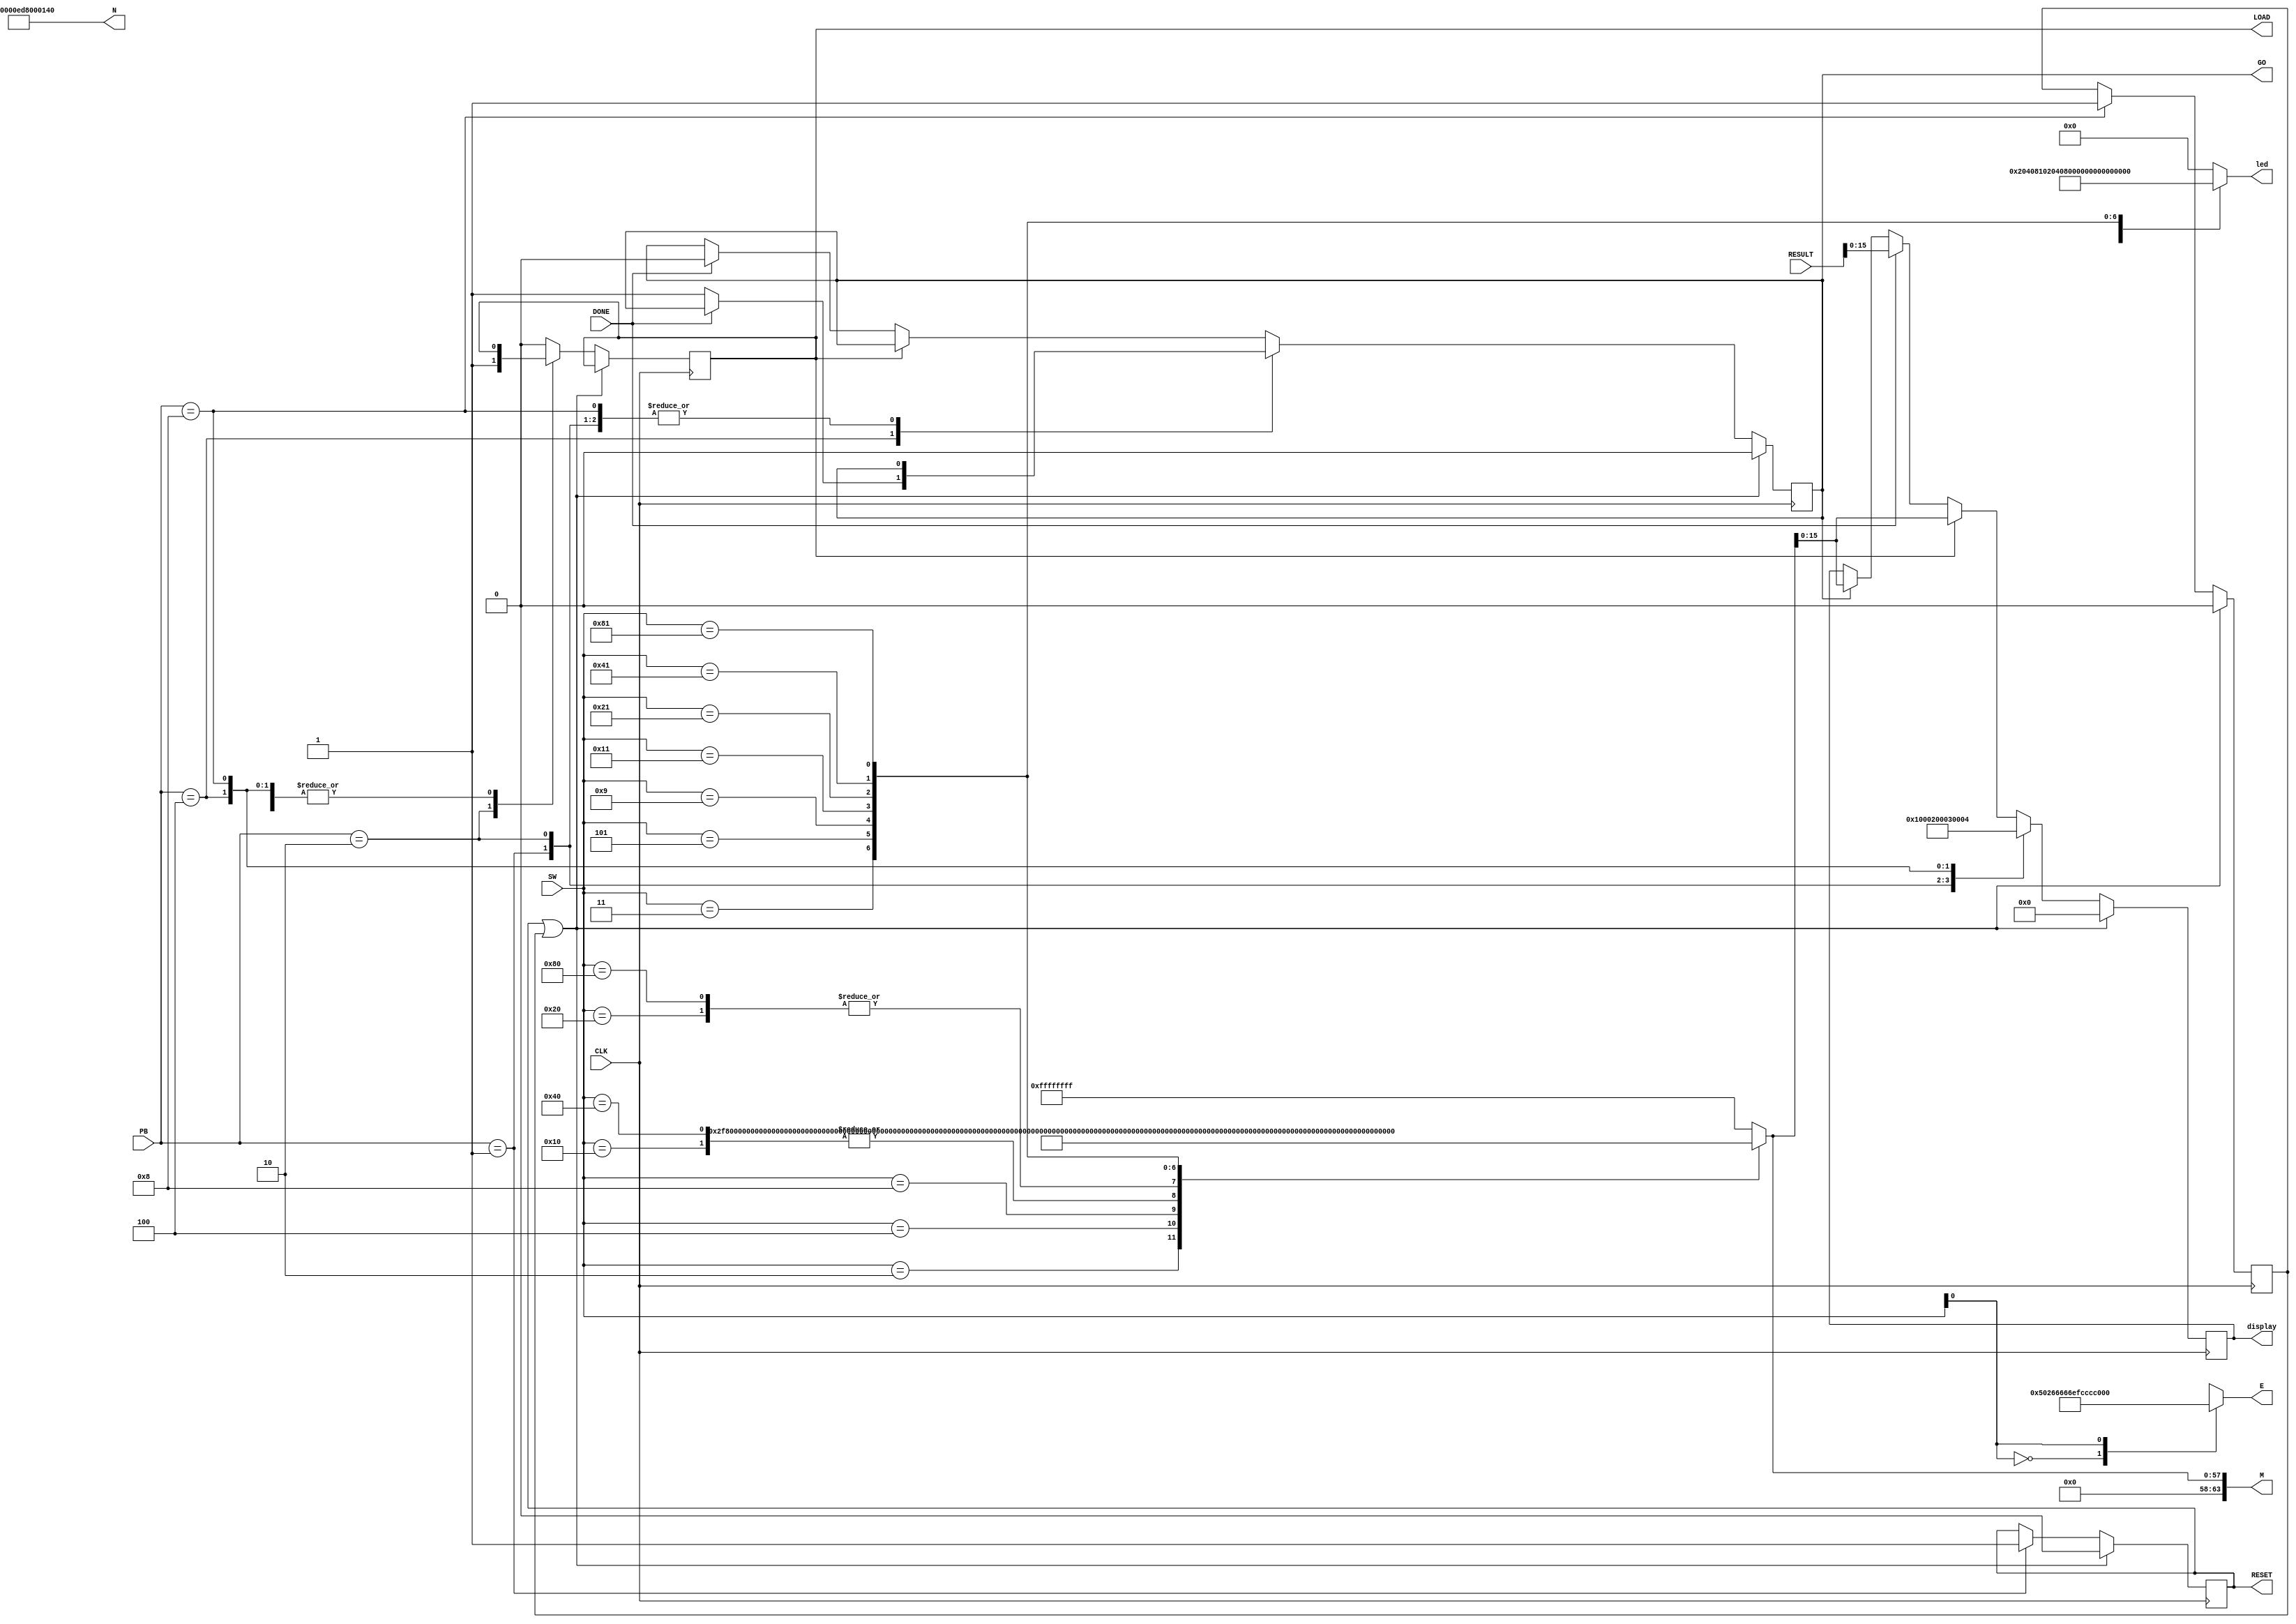
//STIMULOUS.v - state machine that interfaces the hw in project 3
//
//
///////////////////////////////////////////////////////////////////////////

`define BITS 64

module STIMULOUS(
	input 				CLK,		// clock
	input [4:0]			PB,		// push buttons
	input [7:0]			SW,		// swithches
	
	output  reg			GO,		// generated GO signal
	output  reg 			RESET,		// system reset generate
	output  reg			LOAD,		// memory control signal - load data
	output  reg [`BITS-1:0]	M,			// message
	output  reg [`BITS-1:0]	E,			// exponent
//	output  reg [`BITS-1:0]	N  = `BITS'd1189,	// 16 bit modulous
//	output  reg [`BITS-1:0]	N  = `BITS'd1073602561,	// 32 bit modulous 
	output  reg [`BITS-1:0]	N  = `BITS'd288230439905132863 ,	// 64 bit modulous 
//	output  reg [`BITS-1:0]	N  = `BITS'd20769187434139322034329832130609147 ,	// 128 bit modulous 
	input	[`BITS-1:0]		RESULT,		// result from memory
	input				DONE,		// RESULT clock into memory
	
	output reg [15:0]  		display,	// information to be displayed
	output reg [7:0]   		led		// LED light to illuminate
	);

	reg			STOP;

// depending on how things go, I will add real 16 bit, 32 bit, and 64 bit numbers here
	always @(*) 			// mux the message 
		case (SW) // switch pos	 	message	   	led code	// Hex
			8'b00000010: begin M = `BITS'd190; 	led = 2; end	// BE
			8'b00000100: begin M = `BITS'd514; 	led = 4; end	// 202
			8'b00001000: begin M = `BITS'd40;  	led = 8; end	// 28
			8'b00010000: begin M = `BITS'd21349; 	led = 16; end	// 5365		32 bit
			8'b00100000: begin M = `BITS'd28260; 	led = 32; end	// 6e64		32 bit
			8'b01000000: begin M = `BITS'd21349; 	led = 64; end	// 5365		64 bit
			8'b10000000: begin M = `BITS'd28260; 	led = 128; end	// 6e64		64 bit
			
			8'b00000011: begin M = `BITS'd848;  	led = 3; end	// 350
			8'b00000101: begin M = `BITS'd1054; 	led = 5; end 	// 41E
			8'b00001001: begin M = `BITS'd983;  	led = 9; end	// 3D7
			8'b00010001: begin M = `BITS'd868359270; led = 17; end	// 1C66  	32 bit
			8'b00100001: begin M = `BITS'd680289476;  led = 33; end // 64C4		32 bit
			8'b01000001: begin M = `BITS'd225812834077651631 ;  led = 65; end    // 64 bit
			8'b10000001: begin M = `BITS'd196459766959145158;  led = 129; end    // 64 bit			
			
			default: begin M = `BITS'hffffffff; led = 0; end
		endcase
			// 16 bit expooents 3, 187
			// 32 bit exponents 11, 390350291
			// 64 bit exponents 5, 172938262574058869
			// # 128bit key.
			// #public ( 17, 20769187434139322034329832130609147 )
			// #private ( 18325753618358223281893785584271353, 20769187434139322034329832130609147 )
	always @(*)  // mux the exponent.  no need to worry about N now
		case (SW[0:0])
			1'b0: E = `BITS'd5;
			1'b1: E = `BITS'd172938262574058869;
			//1'b0: E = `BITS'd17;
			//1'b1: E = `BITS'd18325753618358223281893785584271353;
			
			//1'b0: E = `BITS'd3;
			//1'b1: E = `BITS'd187;
			//1'b0: E = `BITS'd11;
			//1'b1: E = `BITS'd390350291;
			default: E = `BITS'hffffffff;
		endcase

		// here is a pretty sloppy state machine to display results...
		
	always @(posedge CLK)
		if (RESET||STOP) begin GO <= 0; RESET <= 0; STOP <= 0; display <= 0; end
		else case (PB)
			5'b00001: 	begin RESET <= 1; display <= 1; end
			5'b00010: 	begin LOAD <= 1; display <= 2; end
			5'b00100: 	begin if (!DONE) GO <= 1; display <= 3; end
			5'b01000: 	begin STOP <= 1; display <= 4; end
//			5'b10000;	begin if (DONE) GO <= 0; display <= 5; end
			default: 	begin
					if (LOAD) begin LOAD <= 0; display <= M; end
					else if (DONE) begin GO <= 0; display <= RESULT; end
					else if (GO) display <= M;
					else display <= display;
					end
		endcase
					
endmodule